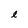
Character: e